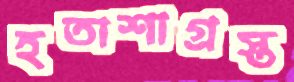
হতাশাগ্রস্ত